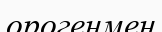
орогенмен